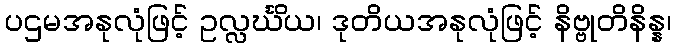
ပဌမအနုလုံဖြင့် ဥလ္လင်္ဃိယ၊ ဒုတိယအနုလုံဖြင့် နိဗ္ဗုတိနိန္န၊